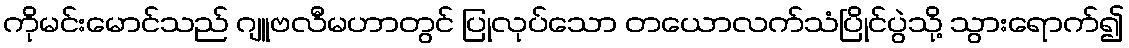
ကိုမင်းမောင်သည် ဂျူဗလီမဟာတွင် ပြုလုပ်သော တယောလက်သံပြိုင်ပွဲသို့ သွားရောက်၍